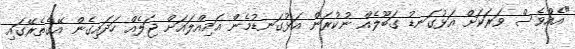
"އެއްވެސް ވަރަކަށް އަޅުގަނޑު ގަބޫލެއް ނުކުރަން އަޅުގަނޑުމެން އަމިއްލައަށް ޖަލެއް ހަދައިގެން އޭގެތެރޭގައި